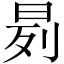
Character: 𬀰